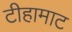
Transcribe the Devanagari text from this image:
टीहामाट